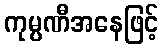
ကုမ္ပဏီအနေဖြင့်